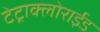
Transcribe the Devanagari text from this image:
टेट्राक्लोराईड